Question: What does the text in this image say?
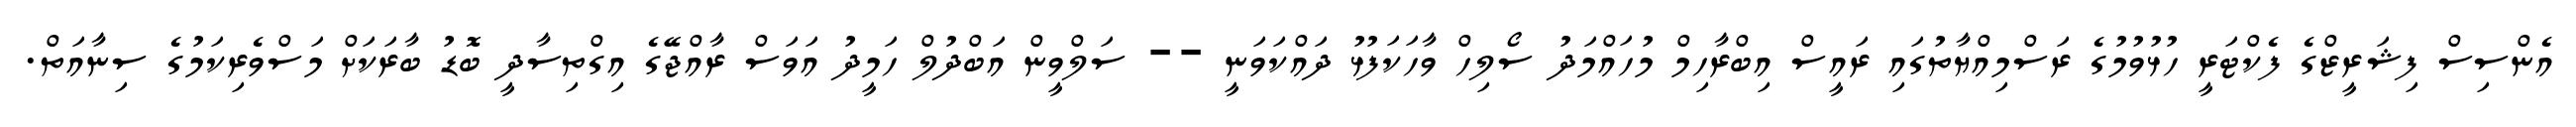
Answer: އެންސިސް ފިޝަރީޒްގެ ފެކްޓަރީ ހުޅުވުމުގެ ރަސްމިއްޔާތުގައި ރައީސް އިބްރާހިމް މުހައްމަދު ސޯލިހް ވާހަކަފުޅު ދައްކަވަނީ -- ސަލްވީން އަބްދުލް ހަމީދު އަވަސް ރާއްޖޭގެ އިގްތިސާދީ ބޮޑު ބާރަކަށް މަސްވެރިކަމުގެ ސިނާއަތް.